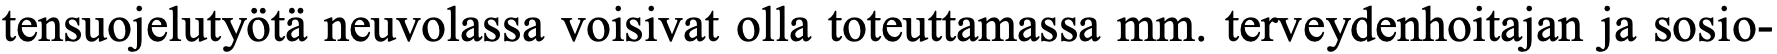
tensuojelutyötä neuvolassa voisivat olla toteuttamassa mm. terveydenhoitajan ja sosio-